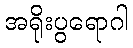
အရိုးပွရောဂါ